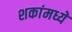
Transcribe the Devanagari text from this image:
शकांमध्ये